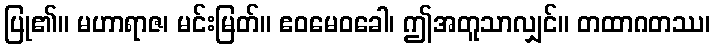
ပြု၏။ မဟာရာဇ၊ မင်းမြတ်။ ဧဝမေဝခေါ၊ ဤအတူသာလျှင်။ တထာဂတဿ၊